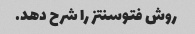
روش فتوسنتز را شرح دهد.